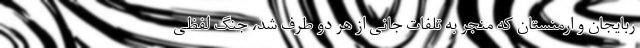
ربایجان و ارمنستان که منجر به تلفات جانی از هر دو طرف شد، جنگ لفظی